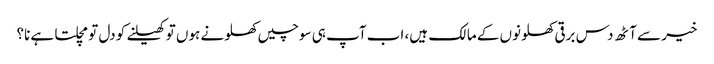
خیر سے آٹھ دس برقی کھلونوں کے مالک ہیں، اب آپ ہی سوچیں کھلونے ہوں تو کھیلنے کو دل تو مچلتا ہے نا؟